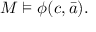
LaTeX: M \vDash \phi ( c , { \bar { a } } ) .